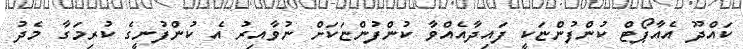
ކައްދޫ އެއާޕޯޓް ކުންފުންޏަކީ ފައިދާއެއްވާ ކުންފުންޏަކަށް ނުވާއިރު އެ ކުންފުނީގެ ކުރިމަގާ މެދު